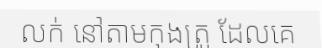
លក់ នៅតាមកុងត្រូ ដែលគេ